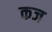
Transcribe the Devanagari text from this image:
कज